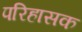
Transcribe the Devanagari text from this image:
परिहासक